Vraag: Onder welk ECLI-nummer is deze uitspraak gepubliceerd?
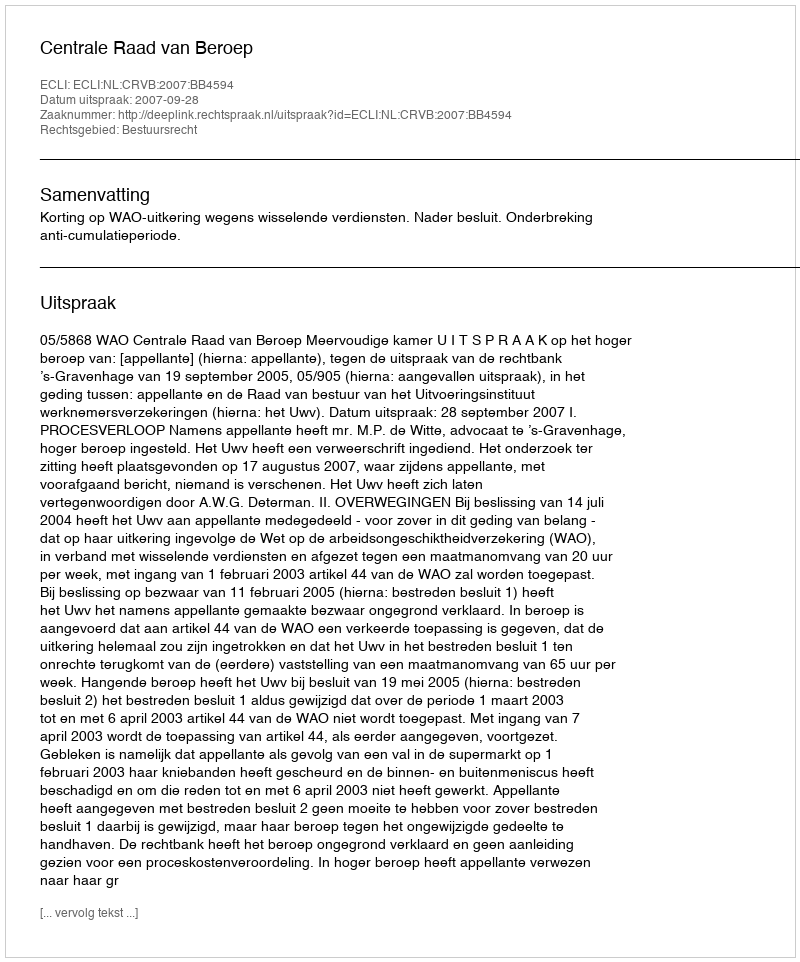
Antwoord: ECLI:NL:CRVB:2007:BB4594